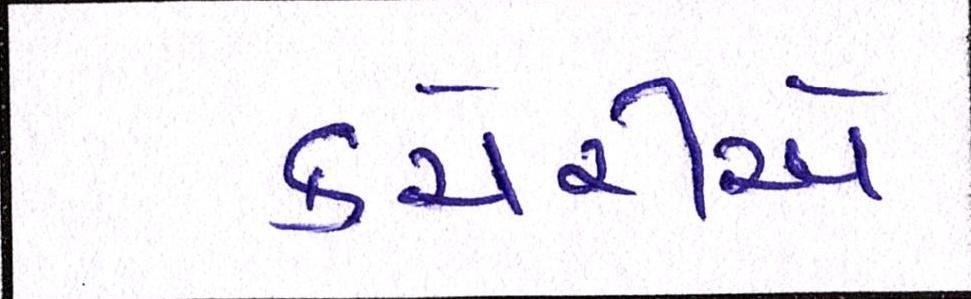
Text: કચેરીએ